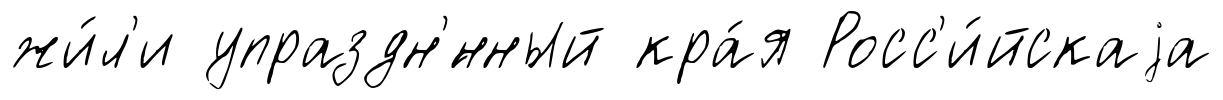
жи́л'и упраздн'́нный кра́я Росс'и́йскаjа